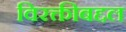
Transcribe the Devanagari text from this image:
विरक्तीबद्दल